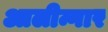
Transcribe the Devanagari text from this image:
आलीन्गार